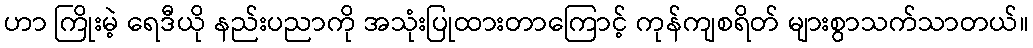
ဟာ ကြိုးမဲ့ ရေဒီယို နည်းပညာကို အသုံးပြုထားတာကြောင့် ကုန်ကျစရိတ် များစွာသက်သာတယ်။